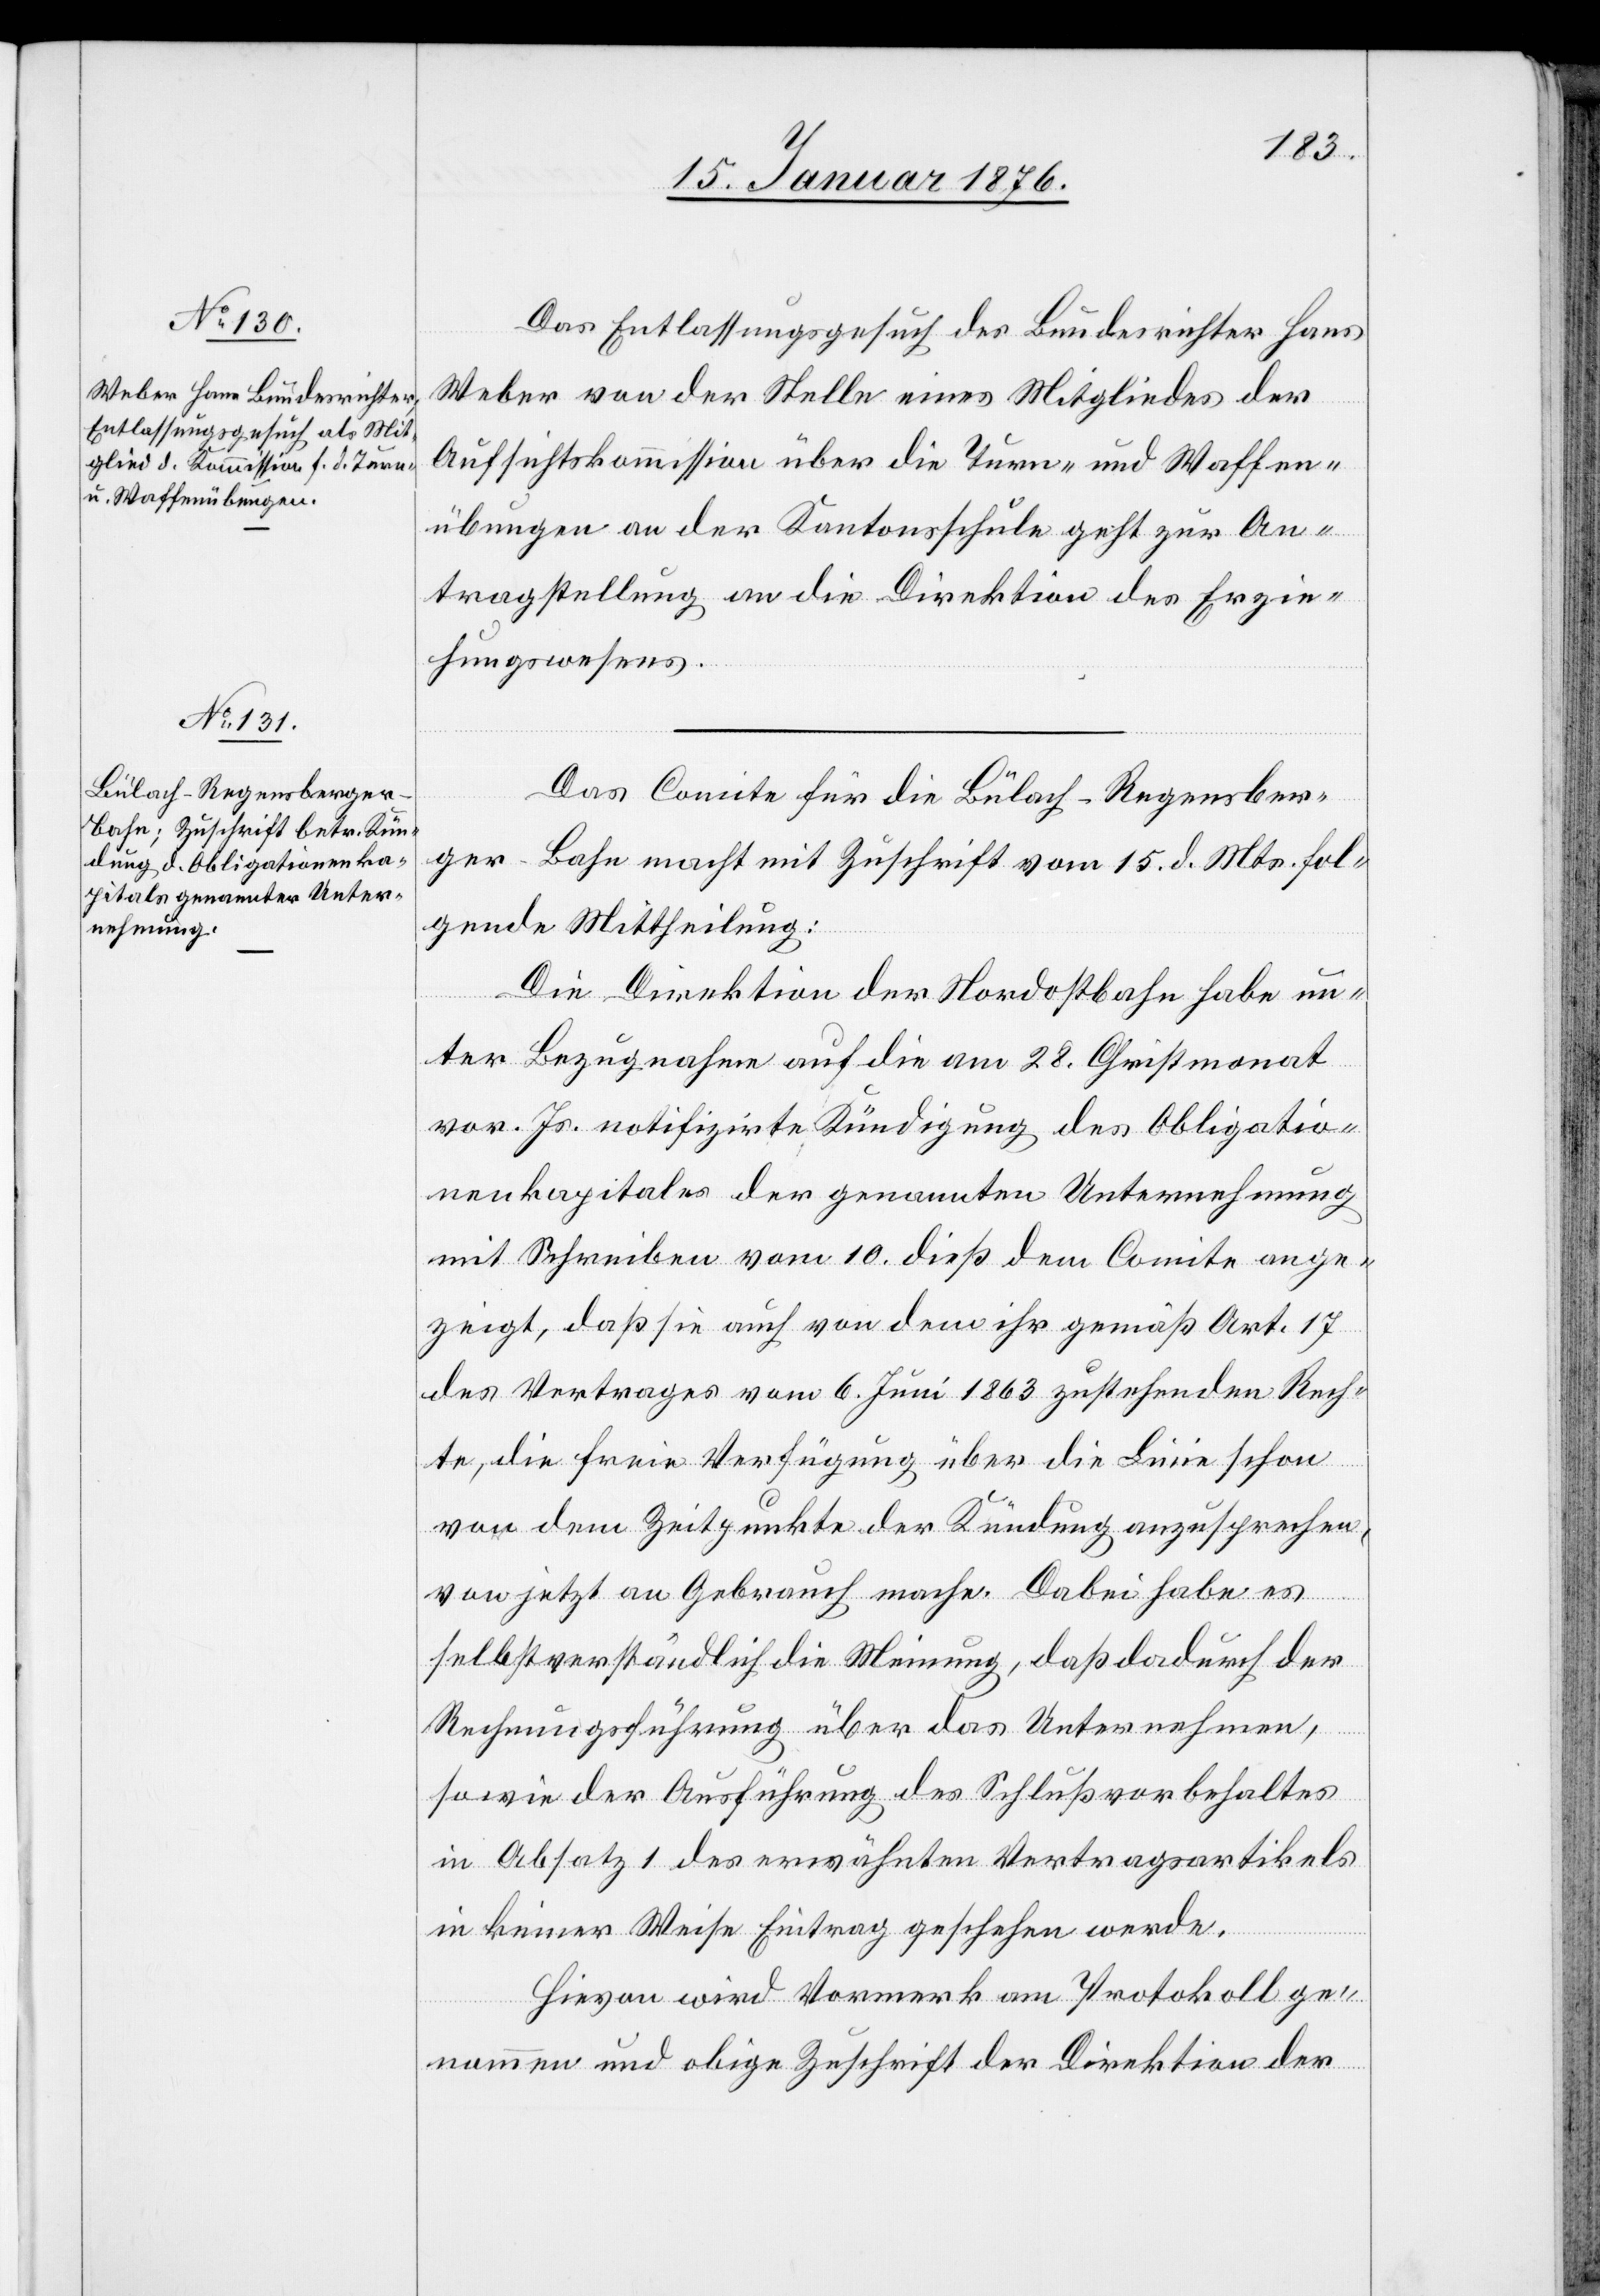
18. Januar 1876.]
Das Entlassungsgesuch des Bundesrichter Hans
Weber von der Stelle eines Mitgliedes der
Aufsichtskommission über die Turn- und Waffen¬
übungen an der Kantonsschule geht zur An¬
tragstellung an die Direktion des Erzie¬
hungswesens.
Das Comite für die Bülach–Regensber¬
ger-Bahn macht mit Zuschrift vom 15. d. Mts. fol¬
gende Mittheilung:
Die Direktion der Nordostbahn habe un¬
ter Bezugnahme auf die am 28. Christmonat
vor. Js. notifizirte Kündigung des Obligatio¬
nenkapitales der genannten Unternehmung
mit Schreiben vom 10. dieß dem Comite ange¬
zeigt, daß sie auch von dem ihr gemäß Art. 17
des Vertrages vom 6. Juni 1863 zustehenden Rech¬
te, die freie Verfügung über die Linie schon
vor dem Zeitpunkte der Kündung anzusprechen,
von jetzt an Gebrauch mache. Dabei habe es
selbstverständlich die Meinung, daß dadurch der
Rechnungsführung über das Unternehmen,
so wie der Ausführung des Schlußvorbehaltes
in Absatz 1 des erwähnten Vertragsartikels
in keiner Weise Eintrag geschehen werde.
Hievon wird Vormerk am Protokoll ge¬
nommen und obige Zuschrift der Direktion der